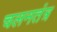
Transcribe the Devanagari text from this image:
चलनतंत्र